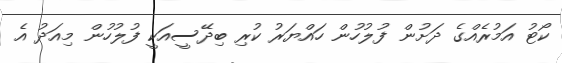
ކޯޓު އަމުރެއްގެ ދަށުން ފުލުހުން ހައްޔަރު ކުރި ބިދޭސީއަކީ ފުލުހުން މިއަދު އެ